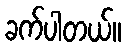
ခက်ပါတယ်။